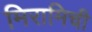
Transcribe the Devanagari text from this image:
मिरामिची